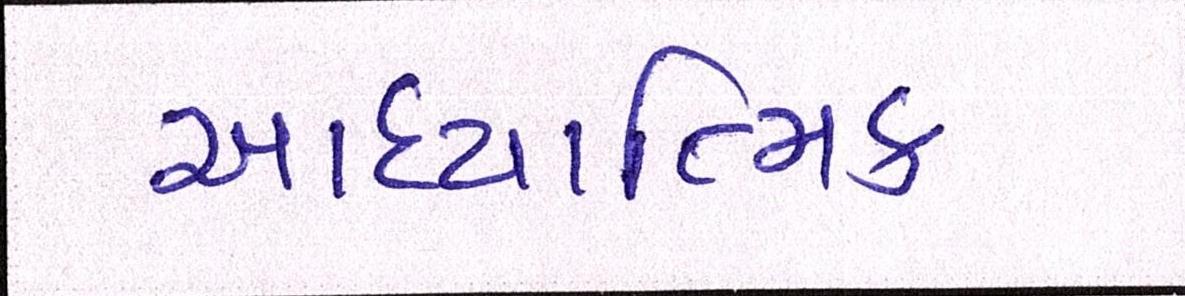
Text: આધ્યાત્મિક